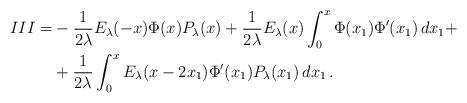
LaTeX: \begin{align*} III=& -\frac{1}{2\lambda}E_{\lambda}(-x)\Phi(x)P_\lambda(x)+ \frac{1}{2\lambda}E_{\lambda}(x)\int_0^x \Phi(x_1)\Phi'(x_1)\,dx_1 +\\&+\frac{1}{2\lambda}\int_0^xE_{\lambda}(x-2x_1)\Phi'(x_1)P_\lambda(x_1)\,dx_1 \, .\end{align*}